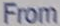
From